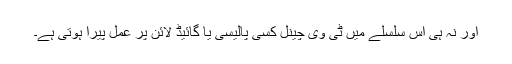
اور نہ ہی اس سلسلے میں ٹی وی چینل کسی پالیسی یا گائیڈ لائن پر عمل پیرا ہوتی ہے۔